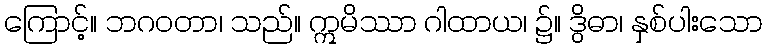
ကြောင့်။ ဘဂဝတာ၊ သည်။ ဣမိဿာ ဂါထာယ၊ ၌။ ဒွိဓာ၊ နှစ်ပါးသော